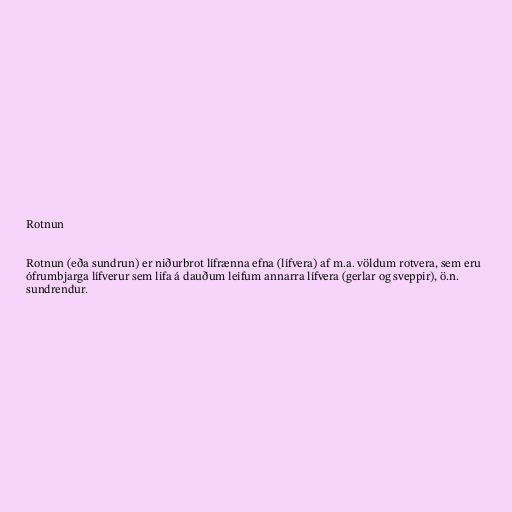
Rotnun

Rotnun (eða sundrun) er niðurbrot lífrænna efna (lífvera) af m.a. völdum rotvera, sem eru
ófrumbjarga lífverur sem lifa á dauðum leifum annarra lífvera (gerlar og sveppir), ö.n.
sundrendur.